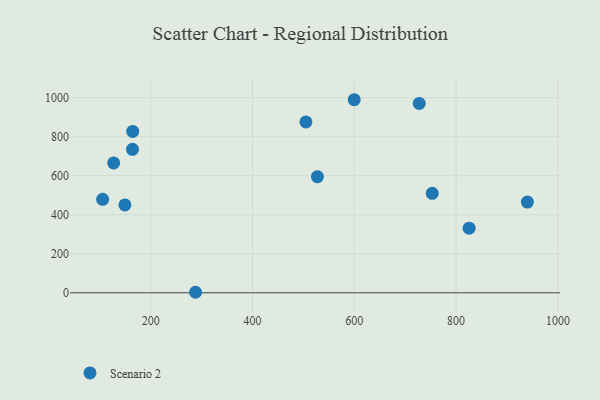
{"axis": {"x": "Investment", "y": "Rating"}, "legend": ["Scenario 2"], "data": [{"x": "504.9", "y": 875.9, "type": "Scenario 2"}, {"x": "164.2", "y": 735.3, "type": "Scenario 2"}, {"x": "105.5", "y": 479.1, "type": "Scenario 2"}, {"x": "527.5", "y": 595.0, "type": "Scenario 2"}, {"x": "940.0", "y": 464.9, "type": "Scenario 2"}, {"x": "149.3", "y": 450.2, "type": "Scenario 2"}, {"x": "753.1", "y": 509.6, "type": "Scenario 2"}, {"x": "127.2", "y": 665.4, "type": "Scenario 2"}, {"x": "288.0", "y": 2.6, "type": "Scenario 2"}, {"x": "599.8", "y": 989.6, "type": "Scenario 2"}, {"x": "727.5", "y": 970.5, "type": "Scenario 2"}, {"x": "825.5", "y": 331.2, "type": "Scenario 2"}, {"x": "164.6", "y": 827.2, "type": "Scenario 2"}]}